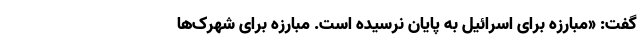
گفت: «مبارزه برای اسرائیل به پایان نرسیده است. مبارزه برای شهرک‌ها